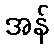
အန်